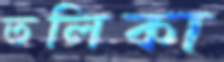
তলিকা